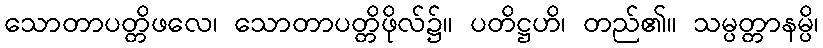
သောတာပတ္တိဖလေ၊ သောတာပတ္တိဖိုလ်၌။ ပတိဋ္ဌဟိ၊ တည်၏။ သမ္ပတ္တာနမ္ပိ၊